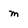
Character: m